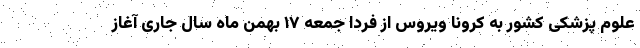
علوم پزشکی کشور به کرونا ویروس از فردا جمعه ۱۷ بهمن ماه سال جاری آغاز